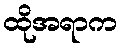
ထိုအရာက